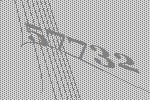
57732